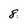
Character: 8